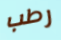
رطب